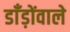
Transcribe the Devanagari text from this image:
डाँड़ोंवाले